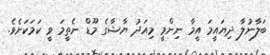
ބަލާނުލާ ދިޔައީމަ އީމާ ނިންމީ މިއަދު ޔާޝާގެ މޫޑް ނެތީމަ ވީ ކަމަކަށެވެ.